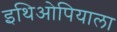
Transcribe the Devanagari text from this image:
इथिओपियाला